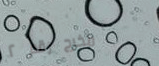
مخرج رقم ٢